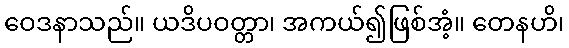
ဝေဒနာသည်။ ယဒိပဝတ္တာ၊ အကယ်၍ဖြစ်အံ့။ တေနဟိ၊